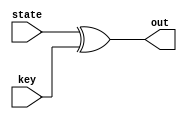
module AddRoundKey(input [127:0] state, input [127:0] key, output [127:0] out);
    assign out = state ^ key;
endmodule